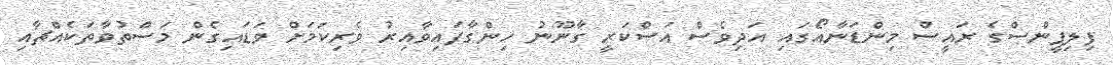
ފިލިޕީންސްގެ ރައީސް މިންޑަނާއޯގައި އަދިވެސް އަސްކަރީ ގާނޫނު ހިންގާފައިވާއިރު ވެރިކަމަށް ވަޑައިގެން މަސްތުވާތަކެއްޗާއި